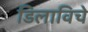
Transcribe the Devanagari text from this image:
डिलाविचे